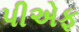
પીએફ